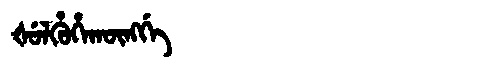
Manchu: ᡧᡠᠯᡥᡠᡥᠠᡴᡡᠩᡤᡝ
Romanization: ŠULHUHAKŪNGGE